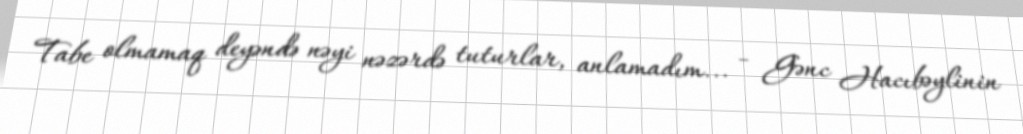
Tabe olmamaq deyəndə nəyi nəzərdə tuturlar, anlamadım... - Gənc Hacıbəylinin